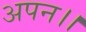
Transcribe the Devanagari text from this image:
अपन।।